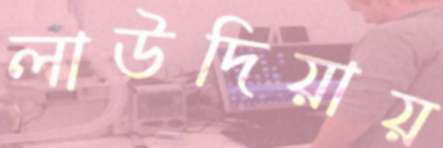
লাউদিয়ায়